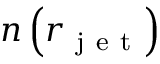
n \left( r _ { \mathrm { ~ j ~ e ~ t ~ } } \right)